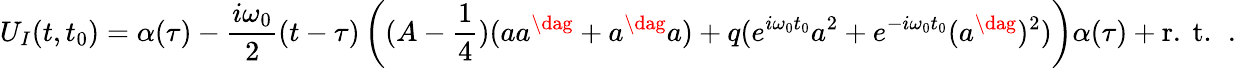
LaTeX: U_{I}(t,t_{0})=\alpha(\tau)-\frac{i\omega_{0}}2(t-\tau)\left((A-\frac 14)(aa^{\dag}+a^{\dag}a)+q(e^{i\omega_{0}t_{0}}a^{2}+e^{-i\omega_{0}t_{0}}(a^{\dag})^{2})\right)\alpha(\tau)+\mathrm{r.~t.~}\, .